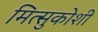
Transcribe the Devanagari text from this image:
मित्सुकोशी